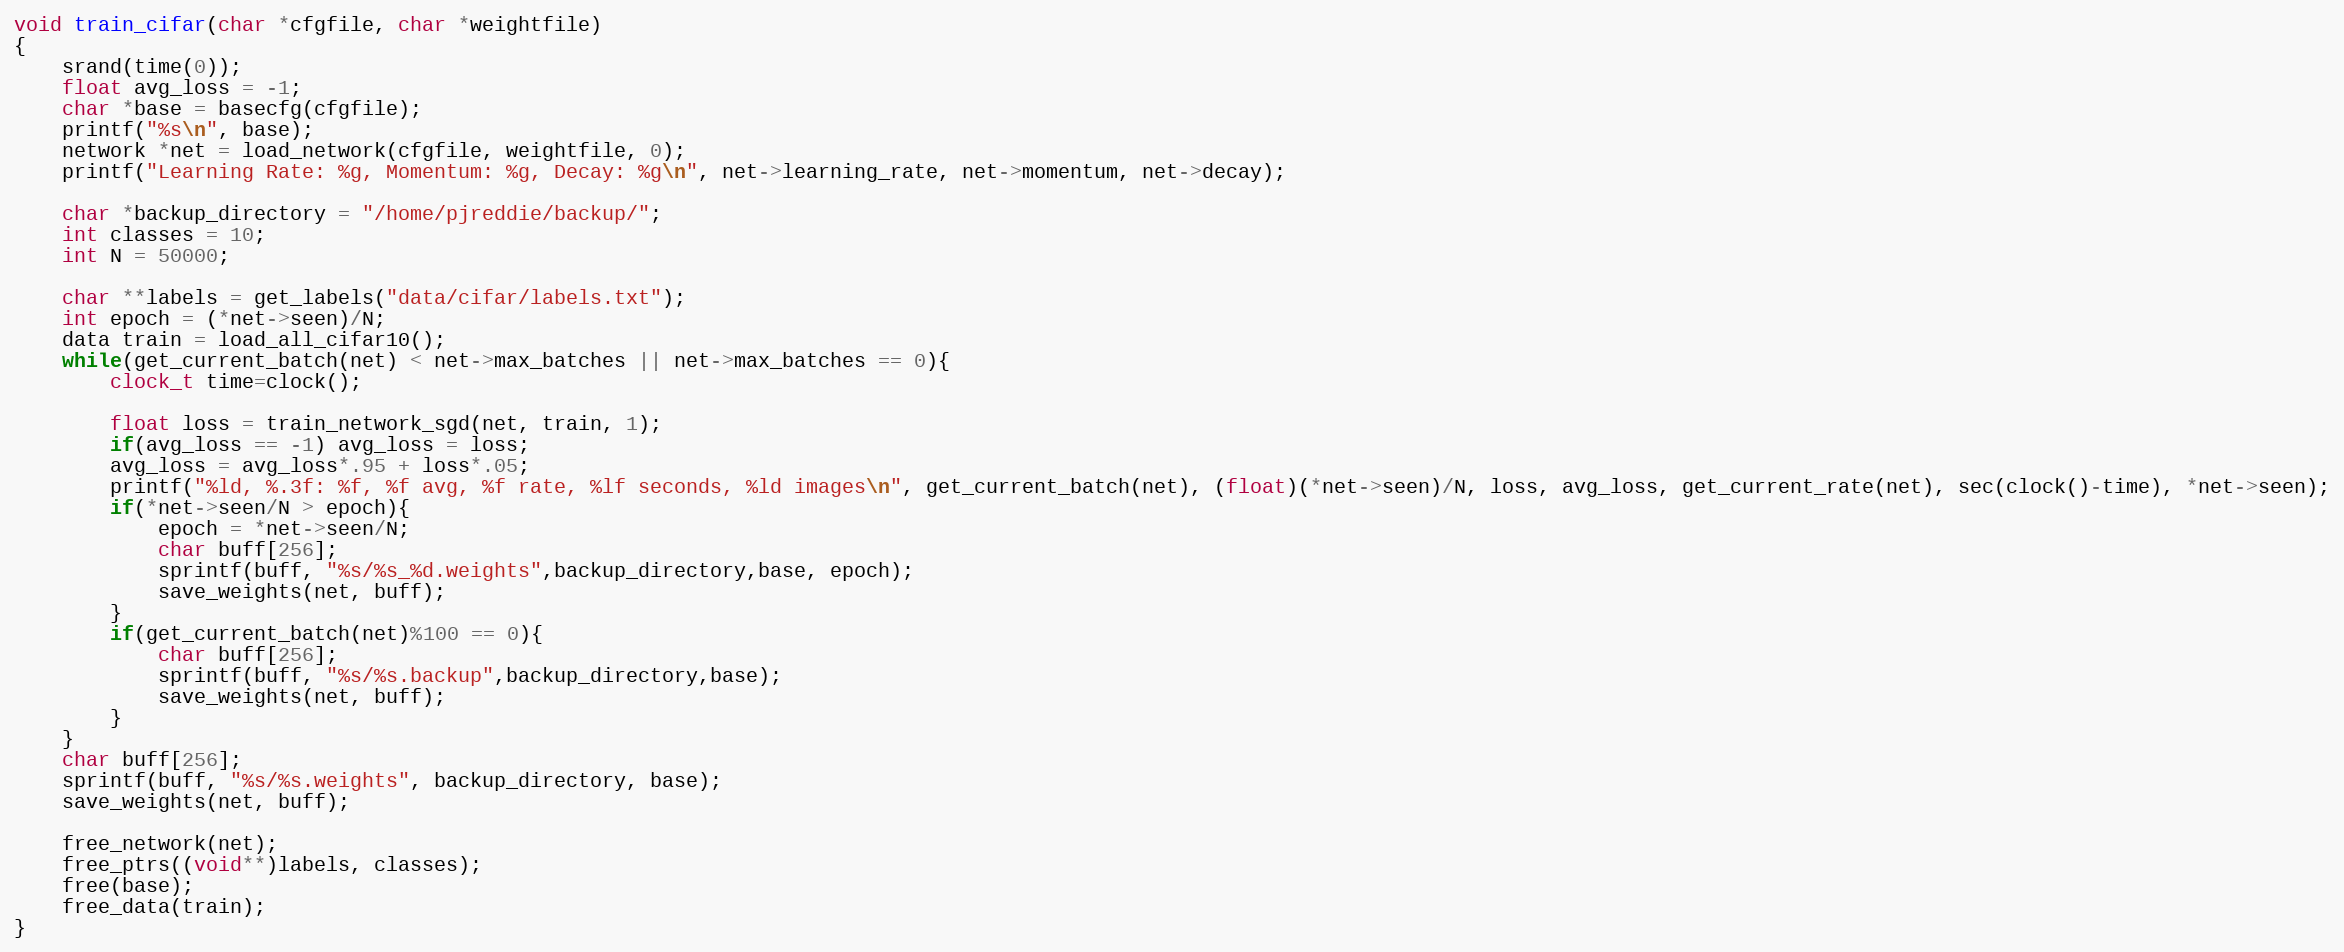
Language: C
void train_cifar(char *cfgfile, char *weightfile)
{
    srand(time(0));
    float avg_loss = -1;
    char *base = basecfg(cfgfile);
    printf("%s\n", base);
    network *net = load_network(cfgfile, weightfile, 0);
    printf("Learning Rate: %g, Momentum: %g, Decay: %g\n", net->learning_rate, net->momentum, net->decay);

    char *backup_directory = "/home/pjreddie/backup/";
    int classes = 10;
    int N = 50000;

    char **labels = get_labels("data/cifar/labels.txt");
    int epoch = (*net->seen)/N;
    data train = load_all_cifar10();
    while(get_current_batch(net) < net->max_batches || net->max_batches == 0){
        clock_t time=clock();

        float loss = train_network_sgd(net, train, 1);
        if(avg_loss == -1) avg_loss = loss;
        avg_loss = avg_loss*.95 + loss*.05;
        printf("%ld, %.3f: %f, %f avg, %f rate, %lf seconds, %ld images\n", get_current_batch(net), (float)(*net->seen)/N, loss, avg_loss, get_current_rate(net), sec(clock()-time), *net->seen);
        if(*net->seen/N > epoch){
            epoch = *net->seen/N;
            char buff[256];
            sprintf(buff, "%s/%s_%d.weights",backup_directory,base, epoch);
            save_weights(net, buff);
        }
        if(get_current_batch(net)%100 == 0){
            char buff[256];
            sprintf(buff, "%s/%s.backup",backup_directory,base);
            save_weights(net, buff);
        }
    }
    char buff[256];
    sprintf(buff, "%s/%s.weights", backup_directory, base);
    save_weights(net, buff);

    free_network(net);
    free_ptrs((void**)labels, classes);
    free(base);
    free_data(train);
}